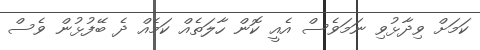
ކަމަށް ވިދާޅުވި ނަމަވެސް އެއީ ކޮން ހާލަތެއް ކަމެއް ދެ ބޭފުޅުން ވެސް